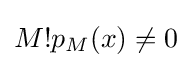
M!p_{M}(x)\neq 0